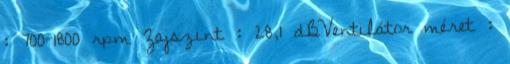
: 700-1800 rpm Zajszint : 28,1 dBVentilátor méret :